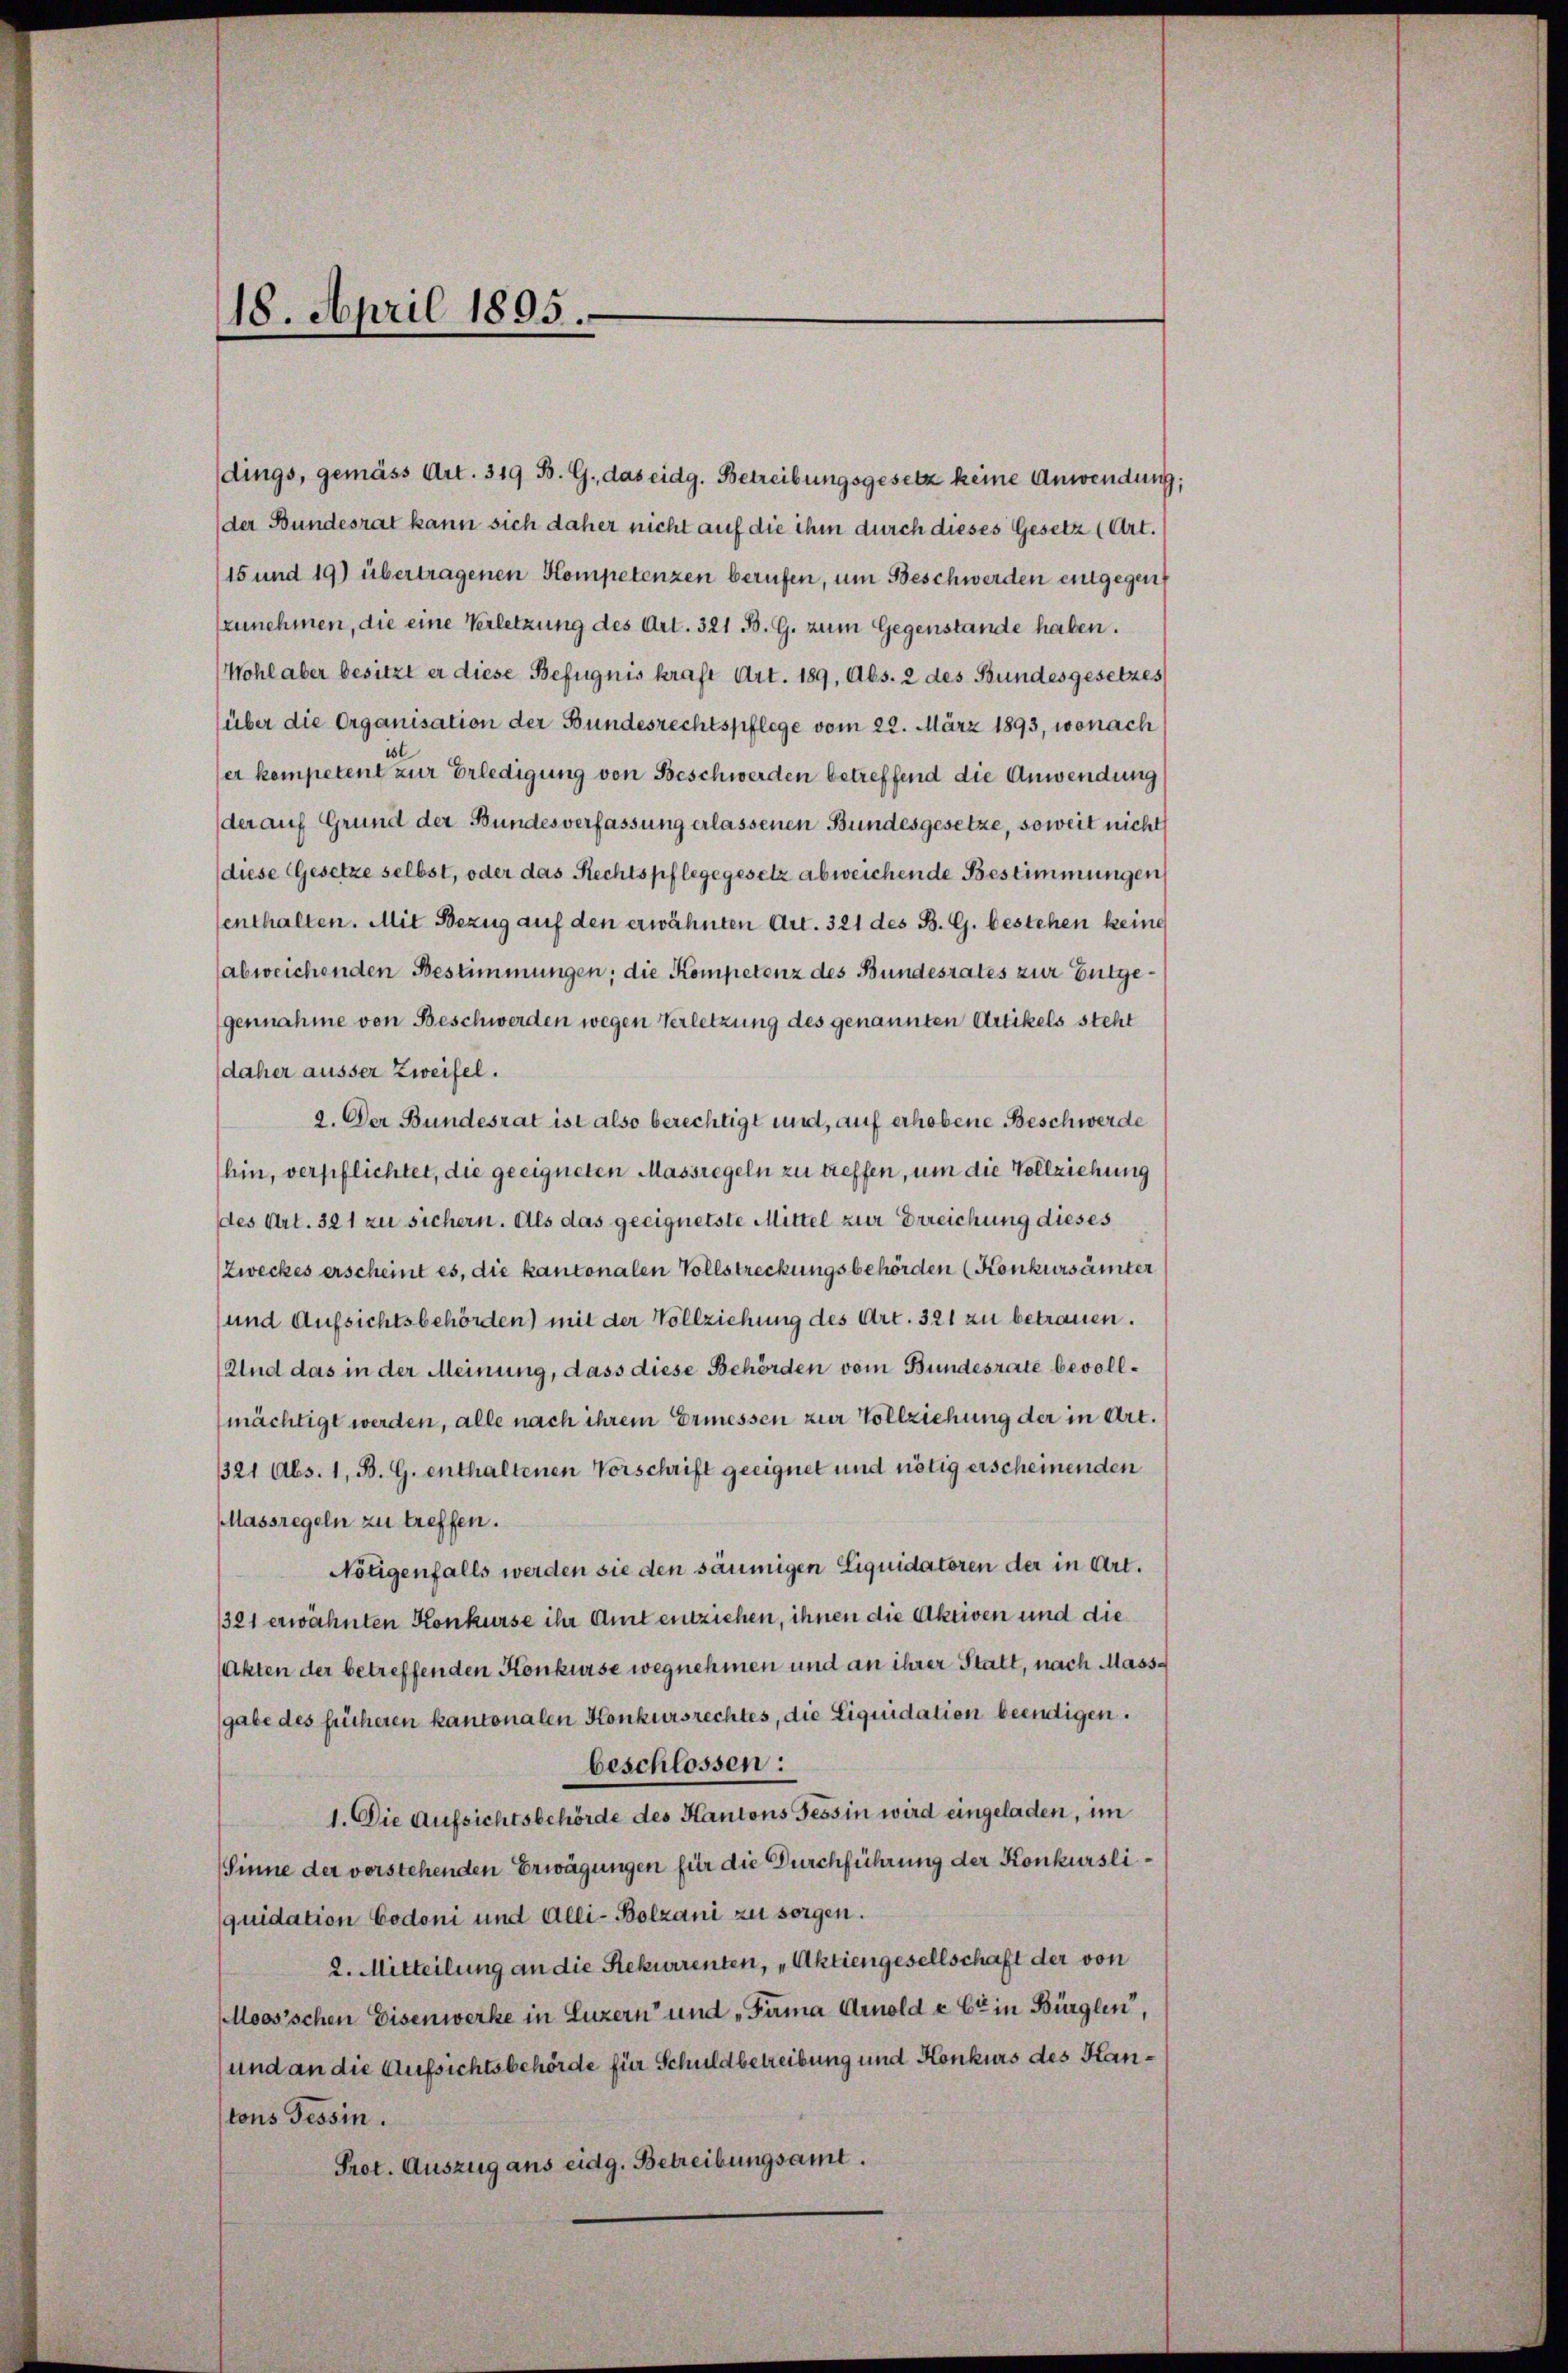
18. April 1895.

dings, gemäss Art. 319 B. G., das eidg. Betreibungsgesetz keine Anwendung;
der Bundesrat kann sich daher nicht auf die ihm durch dieses Gesetz (Art.
15 und 19) übertragenen Kompetenzen berufen, um Beschwerden eingegent
zunehmen, die eine Verletzung des Art. 321 B. G. zum Gegenstände haben.
Wohl aber besitzt er diese Befugnis kraft Art. 189, Abs. 2 des Bundesgesetzes
(über die Organisation der Bundesrechtspflege vom 22. März 1893, wonach
er kompetent zur Erledigung von Beschwerden betreffend die Anwendung
der auf Grund der Bundesverfassung erlassenen Bundesgesetze, soweit nicht
diese Gesetze selbst, oder das Rechtspflegegesetz abweichende Bestimmungen
senthalten. Mit Bezug auf den erwähnten Art. 321 des B. G. bestehen keine
(abweichenden Bestimmungen; die Kompetenz des Bundesrates zur Gutgegennahme von Beschwerden wegen Verletzung des genannten Artikels steht
daher äusser Zweifel.
2. Der Bundesrat ist also berechtigt und, auf erhobene Beschwerde
hin, verpflichtet, die geeigneten Massregeln zu treffen, um die Vollziehung
des Art. 321 zu sichern. Als das geeignetste Mittel zur Erreichung dieses
Zweckes erscheint es, die kantonalen Vollstreckungsbehörden (Konkursämter
und Aufsichtsbehörden) mit der Vollziehung des Art. 321 zu betrauen.
Und das in der Meinung, dass diese Behörden vom Bundesrate bevollmächtigt werden, alle nach ihrem Ermessen zur Vollziehung der in Art.
1321 Abs. 1, B. G. enthaltenen Vorschrift geeignet und nötig erscheinenden
Massregeln zu treffen.
Nötigenfalls werden sie den säumigen Liquidatoren der in Art.
321 erwähnten Konkurse ihr Amt entziehen, ihnen die Aktiven und die
(Akten der betreffenden Konkurse wegnehmen und an ihrer Statt, nach Mass-
gabe des früheren kantonalen Konkursrechtes, die Liquidation beendigen.
beschlossen:
1. Die Aufsichtsbehörde des Kantons Tessin wird eingeladen, im
(Sinne der vorstehenden Erwägungen für die Durchführung der Konkursliquidation Codoni und Alli-Bolzani zu sorgen.
2. Mitteilung an die Rekurrenten, „Aktiengesellschaft der von
Moos’schen Eisenwerke in Luzern und „Fama Arnold & Cie in Bürglen,
und an die Aufsichtsbehörde für Schuldbetreibung und Konkurs des Hantons Tessin.
Prot. Auszug aus eidg. Betreibungsamt.